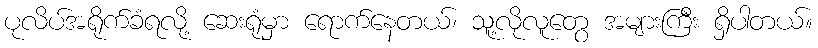
ပုလိပ်အရိုက်ခံရလို့ ဆေးရုံမှာ ရောက်နေတယ်၊ သူ့လိုလူတွေ အများကြီး ရှိပါတယ်။